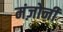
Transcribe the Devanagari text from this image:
मंज़ोनी